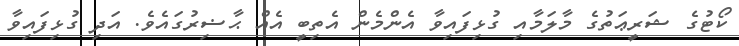
ކޯޓުގެ ޝަރީޢަތުގެ މާލަމާއި ގުޅިފައިވާ އެންމެން އެތިބީ އެއް ޙާޟިރުގައެވެ. އަދި ގުޅިފައިވާ